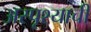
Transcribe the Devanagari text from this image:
अस्पृश्याची